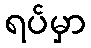
ရပ်မှာ